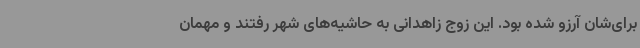
برای‌شان آرزو شده بود. این زوج زاهدانی به حاشیه‌های شهر رفتند و مهمان